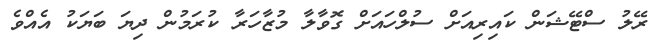
ރޭލު ސްޓޭޝަން ކައިރިއަށް ސުލްހައަށް ގޮވާލާ މުޒާހަރާ ކުރަމުން ދިޔަ ބަޔަކު އެއްވެ